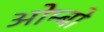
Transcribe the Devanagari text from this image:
ओम्बो